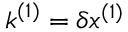
\boldsymbol { k } ^ { ( 1 ) } = \delta \boldsymbol { x } ^ { ( 1 ) }